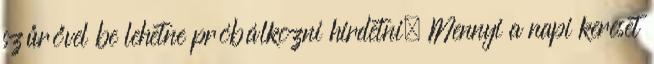
szűrővel be lehetne próbálkozni hirdetni. Mennyi a napi kereset